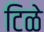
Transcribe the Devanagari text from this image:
टिळे